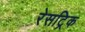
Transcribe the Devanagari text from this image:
रेसट्रिक